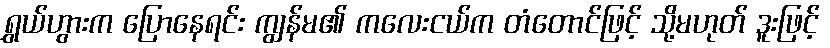
ရွှယ်ဟွားက ပြောနေရင်း ကျွန်မ၏ ကလေးငယ်က တံတောင်ဖြင့် သို့မဟုတ် ဒူးဖြင့်